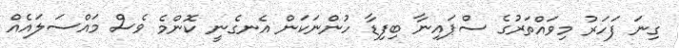
ގިނަ ފަހަރު މިވައްތަރުގެ ސްޕައިނާ ބިފިޑާ ހުންނަކަން އެނގެނީ ކޮންމެ ވެސް މައްސަލައެއް